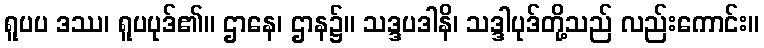
ရူပပ ဒဿ၊ ရူပပုဒ်၏။ ဌာနေ၊ ဌာန၌။ သဒ္ဒပဒါနိ၊ သဒ္ဒါပုဒ်တို့သည် လည်းကောင်း။